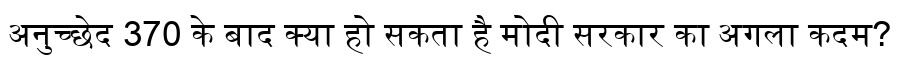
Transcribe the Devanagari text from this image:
अनुच्छेद 370 के बाद क्या हो सकता है मोदी सरकार का अगला कदम?